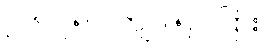
၂၆။ ၇၅၀ ကျပ် ၅၀ ပြား